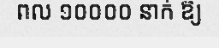
ពល ១០០០០ នាក់ ឱ្យ